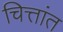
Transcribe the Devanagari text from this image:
चित्तांत